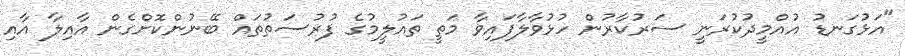
"އަޅުގަނޑު އުއްމީދުކުރަނީ ސަރުކާރުން ހުޅުވާލާފައިވާ މަތީ ތައުލީމުގެ ފުރުސަތުތައް ބޭނުންކޮށްގެން އާއިލާ އާއި